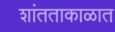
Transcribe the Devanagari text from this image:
शांतताकाळात